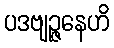
ပဒဗျဉ္ဇနေဟိ